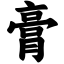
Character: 膏